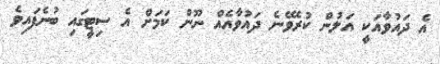
އެ ދައުވާއަކީ އަލުން ކުރެވޭނެ ދައުވާއެއް ނޫން ކަމަށް އެ ސިޓީގައި ބުނެފައިވެ